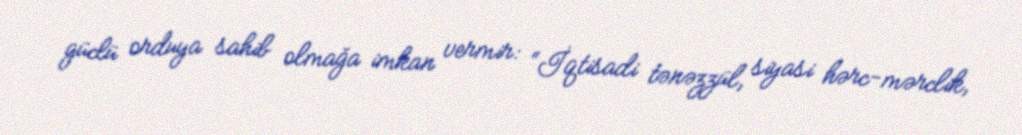
güclü orduya sahib olmağa imkan vermir: “İqtisadi tənəzzül, siyasi hərc-mərclik,